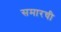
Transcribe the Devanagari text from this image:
समारची